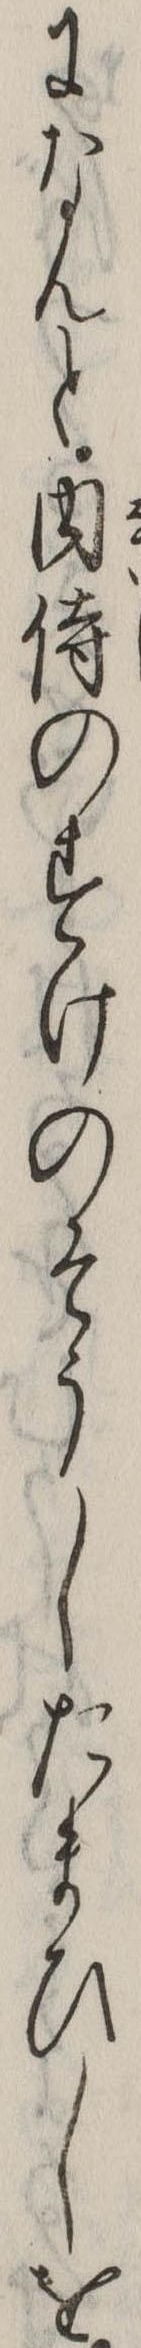
になんと内侍のすけのそうしたまひしを